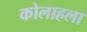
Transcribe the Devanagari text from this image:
कोलाहला